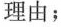
理由；